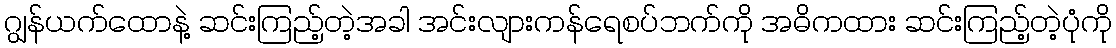
ဂျွန်ယက်ထောနဲ့ ဆင်းကြည့်တဲ့အခါ အင်းလျားကန်ရေစပ်ဘက်ကို အဓိကထား ဆင်းကြည့်တဲ့ပုံကို